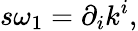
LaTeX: s\omega_{1}=\partial_{i}k^{i},